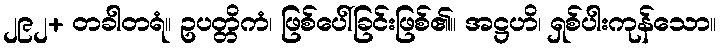
၂၉၂+ တခါတရံ။ ဥပတ္တိကံ၊ ဖြစ်ပေါ်ခြင်းဖြစ်၏။ အဋ္ဌဟိ၊ ရှစ်ပါးကုန်သော။